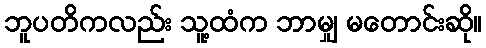
ဘူပတိကလည်း သူ့ထံက ဘာမျှ မတောင်းဆို။